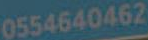
0554640462